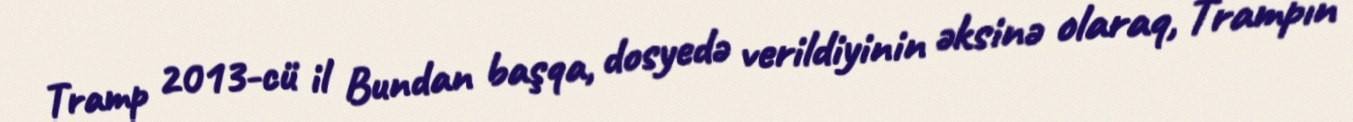
Tramp 2013-cü il Bundan başqa, dosyedə verildiyinin əksinə olaraq, Trampın